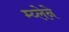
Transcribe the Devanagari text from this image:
म्य्लेने